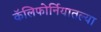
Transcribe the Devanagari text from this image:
कॅलिफोर्नियातल्या